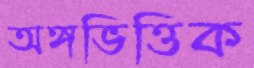
অঙ্গভিত্তিক